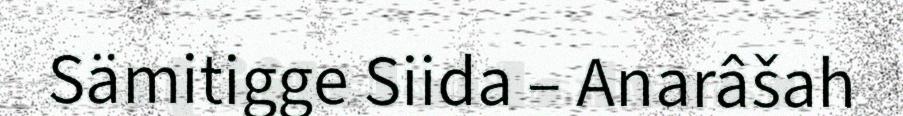
Sämitigge Siida – Anarâšah